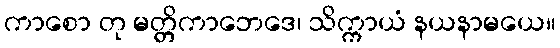
ကာစော တု မတ္တိကာဘေဒေ၊ သိက္ကာယံ နယနာမယေ။